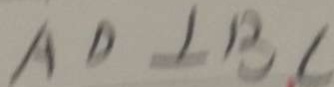
A D \bot B C